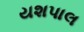
યશપાલ